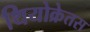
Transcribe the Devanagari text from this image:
थियोक्रेतस